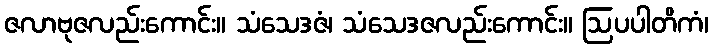
ဇလာဗုဇလည်းကောင်း။ သံသေဒဇံ၊ သံသေဒဇလည်းကောင်း။ ဩပပါတိကံ၊